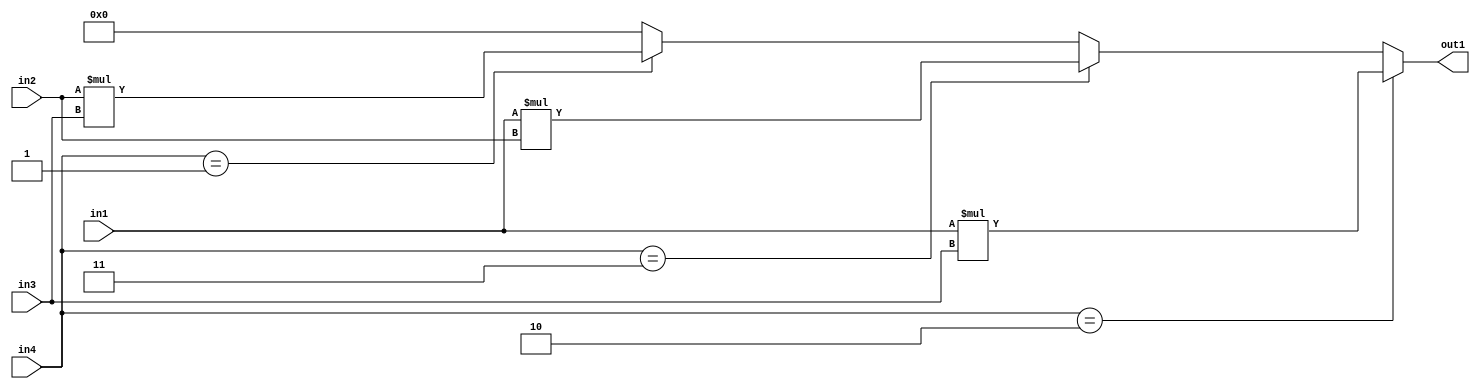
module top(in1, in2, in3, in4, out1);
input wire [15:0] in1;
input wire [15:0] in2;
input wire [15:0] in3;
input wire [1:0] in4;
output wire [31:0] out1;
assign out1 = (in4 == 2) ? in1 * in3:
(in4 == 3) ? in1 * in2:
(in4 == 1) ? in2 * in3:
0;
endmodule